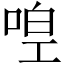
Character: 𠵋